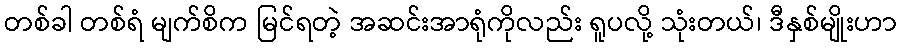
တစ်ခါ တစ်ရံ မျက်စိက မြင်ရတဲ့ အဆင်းအာရုံကိုလည်း ရူပလို့ သုံးတယ်၊ ဒီနှစ်မျိုးဟာ